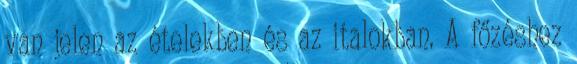
van jelen az ételekben és az italokban. A főzéshez